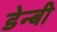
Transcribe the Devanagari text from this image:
डेन्‍बी